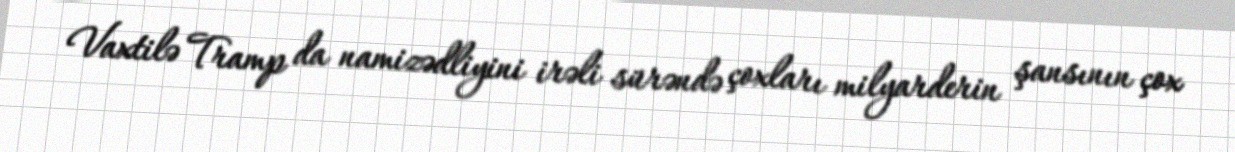
Vaxtilə Tramp da namizədliyini irəli sürəndə çoxları milyarderin şansının çox